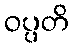
ဝပ္ပတိ